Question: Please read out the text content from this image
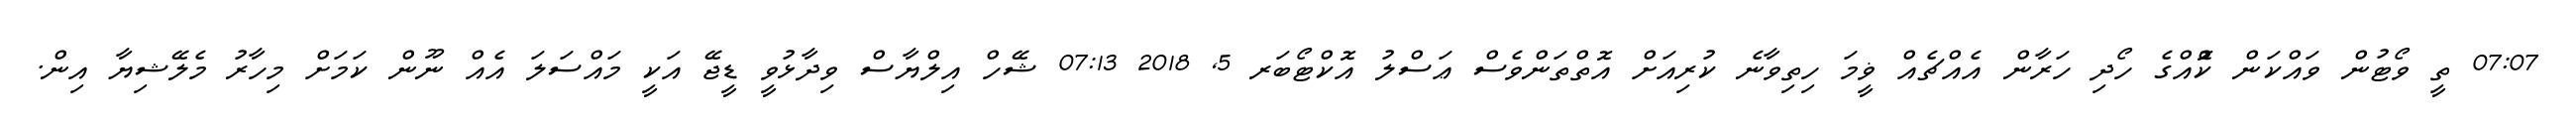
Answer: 07:07 ތީ ވޯޓުން ވައްކަން ކޮްއްގެ ހޯދި ހަރާން އެއްޗެއް ޥީމަ ހިތިވާނެ ކުރިއަށް އޮތްތަންވެސް ޢަސްލު އޮކްޓޯބަރ 5, 2018 07:13 ޝޭހް އިލްޔާސް ވިދާޅުވީ ޑީޖޭ އަކީ މައްސަލަ އެއް ނޫން ކަމަށް މިހާރު މެލޭޝިޔާ އިން.